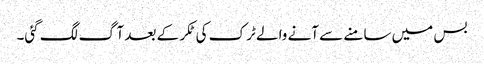
بس میں سامنے سے آنے والے ٹرک کی ٹکر کے بعد آگ لگ گئی۔